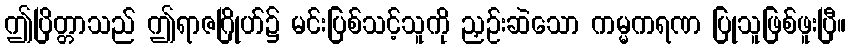
ဤပြိတ္တာသည် ဤရာဇဂြိုဟ်၌ မင်းပြစ်သင့်သူကို ညှဉ်းဆဲသော ကမ္မကရဏ ပြုသူဖြစ်ဖူးပြီ။